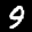
Label: 9